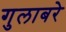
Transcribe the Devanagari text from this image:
गुलाबरे